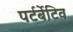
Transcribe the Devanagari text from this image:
पर्टर्बेटिव